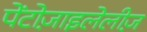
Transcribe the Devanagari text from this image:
पेंटोज़ाइलेलीज़